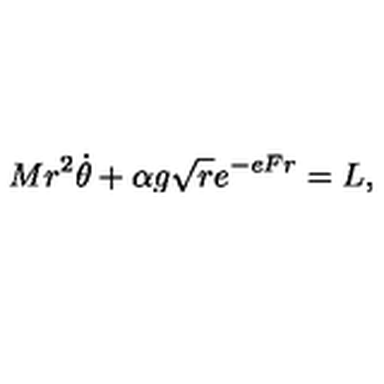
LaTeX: M r ^ { 2 } \dot { \theta } + \alpha g { \sqrt r } e ^ { - e F r } = L ,